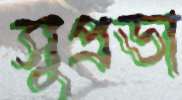
সুপ্রভা